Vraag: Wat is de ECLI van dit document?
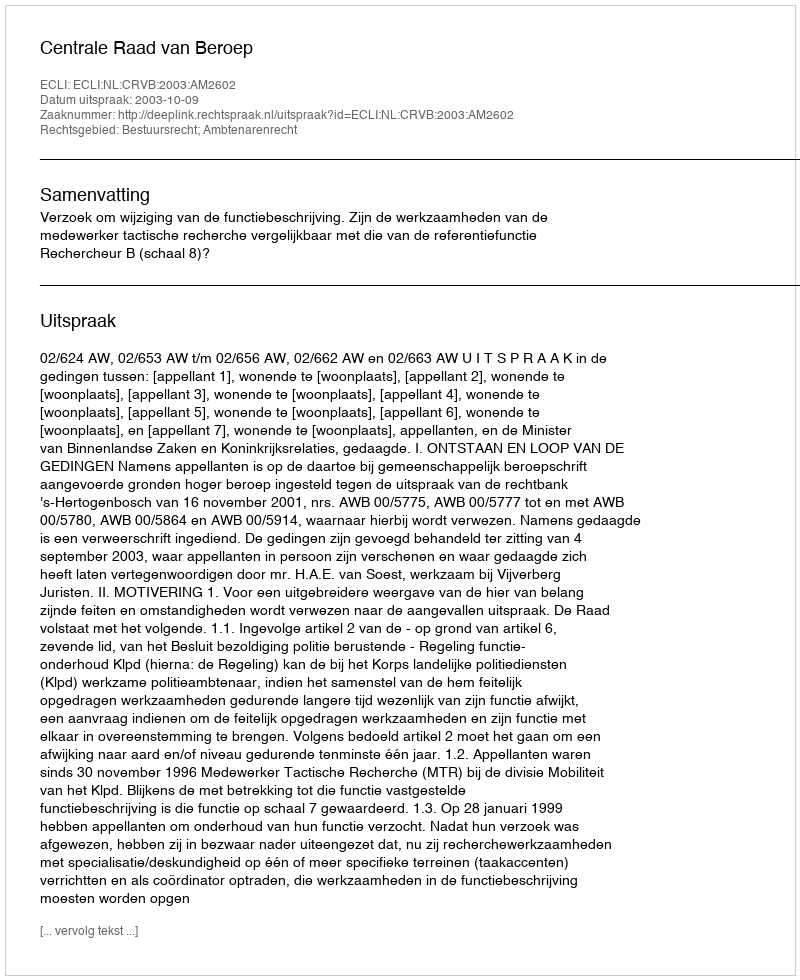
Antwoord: ECLI:NL:CRVB:2003:AM2602